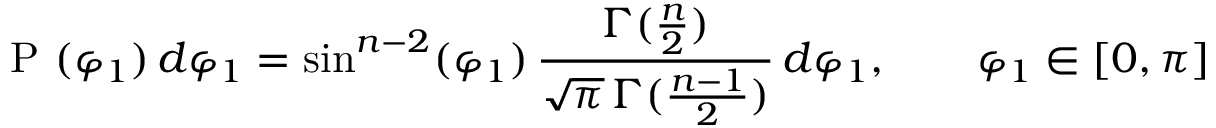
\mathrm { ~ P ~ } ( \varphi _ { 1 } ) \, d \varphi _ { 1 } = \sin ^ { n - 2 } ( \varphi _ { 1 } ) \, \frac { \Gamma ( \frac { n } { 2 } ) } { \sqrt { \pi } \, \Gamma ( \frac { n - 1 } { 2 } ) } \, d \varphi _ { 1 } , \qquad \varphi _ { 1 } \in [ 0 , \pi ]